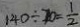
1 4 0 \div 7 0 = \frac { 1 } { 2 }